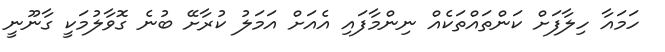
ހަމައާ ހިލާފަށް ކަންތައްތަކެއް ނިންމާފައި އެއަށް އަމަލު ކުރާށޭ ބުނެ ގޮވާލުމަކީ ގާނޫނީ